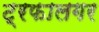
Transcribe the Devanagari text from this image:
ट्रफालगर